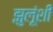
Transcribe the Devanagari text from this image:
झुलूंशी